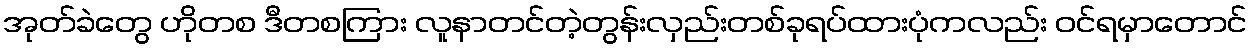
အုတ်ခဲတွေ ဟိုတစ ဒီတစကြား လူနာတင်တဲ့တွန်းလှည်းတစ်ခုရပ်ထားပုံကလည်း ဝင်ရမှာတောင်